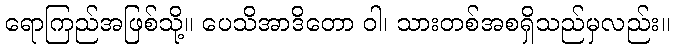
ရောကြည်အဖြစ်သို့။ ပေသိအာဒိတော ဝါ၊ သားတစ်အစရှိသည်မှလည်း။